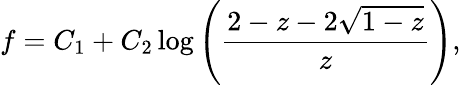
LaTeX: f=C_{1}+C_{2}\log\left(\frac{2-z-2\sqrt{1-z}}{z}\right),